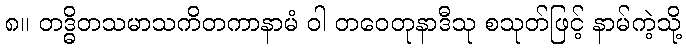
၈။ တဒ္ဓိတသမာသကိတကာနာမံ ဝါ တဝေတုနာဒီသု စသုတ်ဖြင့် နာမ်ကဲ့သို့